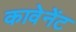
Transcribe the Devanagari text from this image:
कावेनेंट